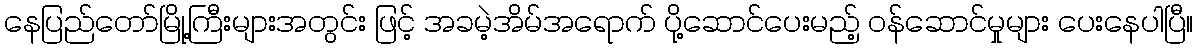
နေပြည်တော်မြို့ကြီးများအတွင်း ဖြင့် အခမဲ့အိမ်အရောက် ပို့ဆောင်ပေးမည့် ဝန်ဆောင်မှုများ ပေးနေပါပြီ။